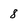
Character: 8